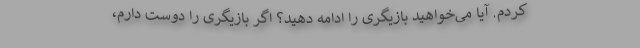
کردم. آیا می‌خواهید بازیگری را ادامه دهید؟ اگر بازیگری را دوست دارم،